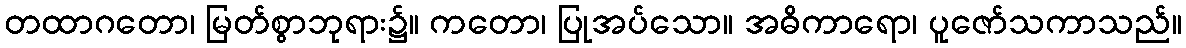
တထာဂတော၊ မြတ်စွာဘုရား၌။ ကတော၊ ပြုအပ်သော။ အဓိကာရော၊ ပူဇော်သကာသည်။